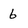
Character: 6